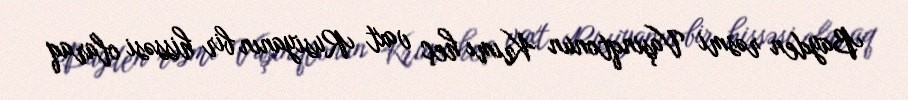
Bayden rəsmi Vaşinqtonun Krımı heç vaxt Rusiyanın bir hissəsi olaraq